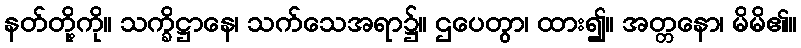
နတ်တို့ကို။ သက္ခိဋ္ဌာနေ၊ သက်သေအရာ၌။ ဌပေတွာ၊ ထား၍။ အတ္တနော၊ မိမိ၏။